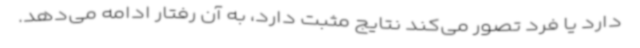
دارد یا فرد تصور می‌کند نتایج مثبت دارد، به آن رفتار ادامه می‌دهد.